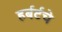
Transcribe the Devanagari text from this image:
हर्बर्टचे